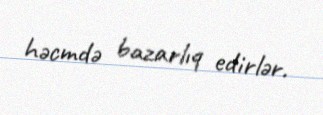
həcmdə bazarlıq edirlər.